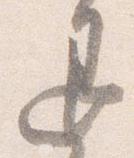
退